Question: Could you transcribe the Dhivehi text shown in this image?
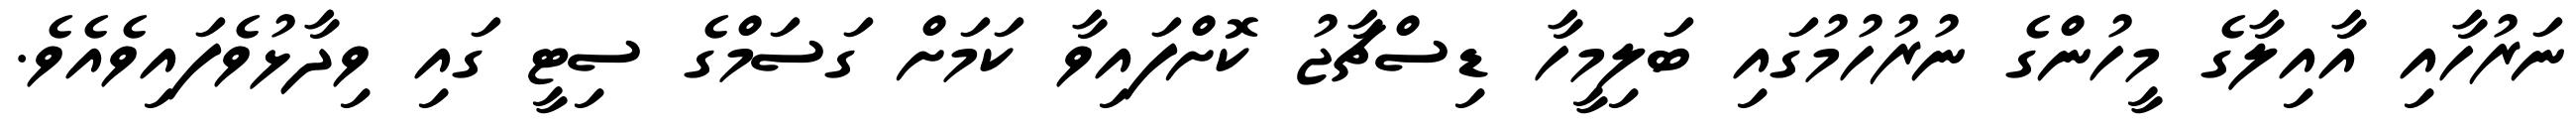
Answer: ނަރުހާއި އާއިލާގެ މީހުންގެ ނުރުހުމުގައި ބަލިމީހާ ޑިސްޗާޖު ކޮށްފައިވާ ކަމަށް ގަސަމްގެ ސިޓީ ގައި ވިދާޅުވެފައިވެއެވެ.